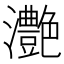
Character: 灔